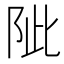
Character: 𨹀